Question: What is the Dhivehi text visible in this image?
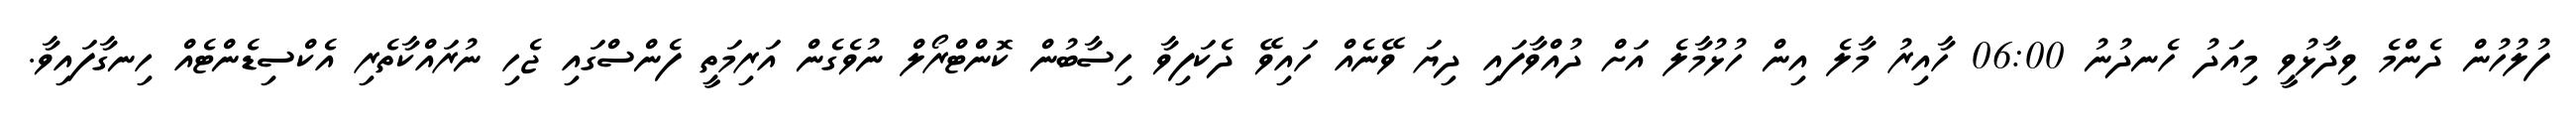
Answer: ފުލުހުން ދެންމެ ވިދާޅުވީ މިއަދު ހެނދުނު 06:00 ހާއިރު މާލެ އިން ހުޅުމާލެ އަށް ދުއްވާފައި ދިޔަ ވޭނެއް ހައިވޭ ދެކަފިވާ ހިސާބުން ކޮންޓްރޯލް ނުވެގެން އަރިމަތީ ފެންސްގައި ޖެހި ނުރައްކާތެރި އެކްސިޑެންޓެއް ހިނގާފައިވާ.